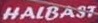
HALBAST